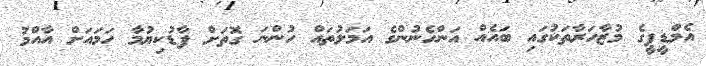
އެމްޑީޕީގެ މުޒާހަރާތަކުގައި ބައެއް އަންހެނުންގެ އަމަލުތައް ހުންނަ ގޮތަށް ފާޑުކިޔުމާ ހަމައަށް އާއްމު